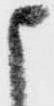
申